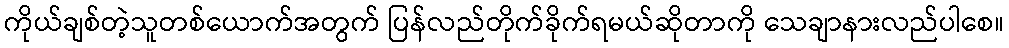
ကိုယ်ချစ်တဲ့သူတစ်ယောက်အတွက် ပြန်လည်တိုက်ခိုက်ရမယ်ဆိုတာကို သေချာနားလည်ပါစေ။